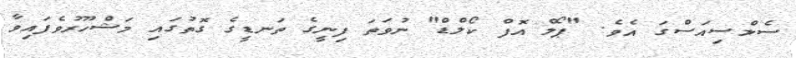
ސެލްސިއަސްގަ އެވެ. "ޕޯލް އޮފް ކޯލްޑް" ނުވަތަ ފިނީގެ ތަނޑީގެ ގޮތުގައި މަޝްހޫރުވެފައިވާ